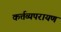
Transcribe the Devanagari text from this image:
कर्त्तव्यपरायण